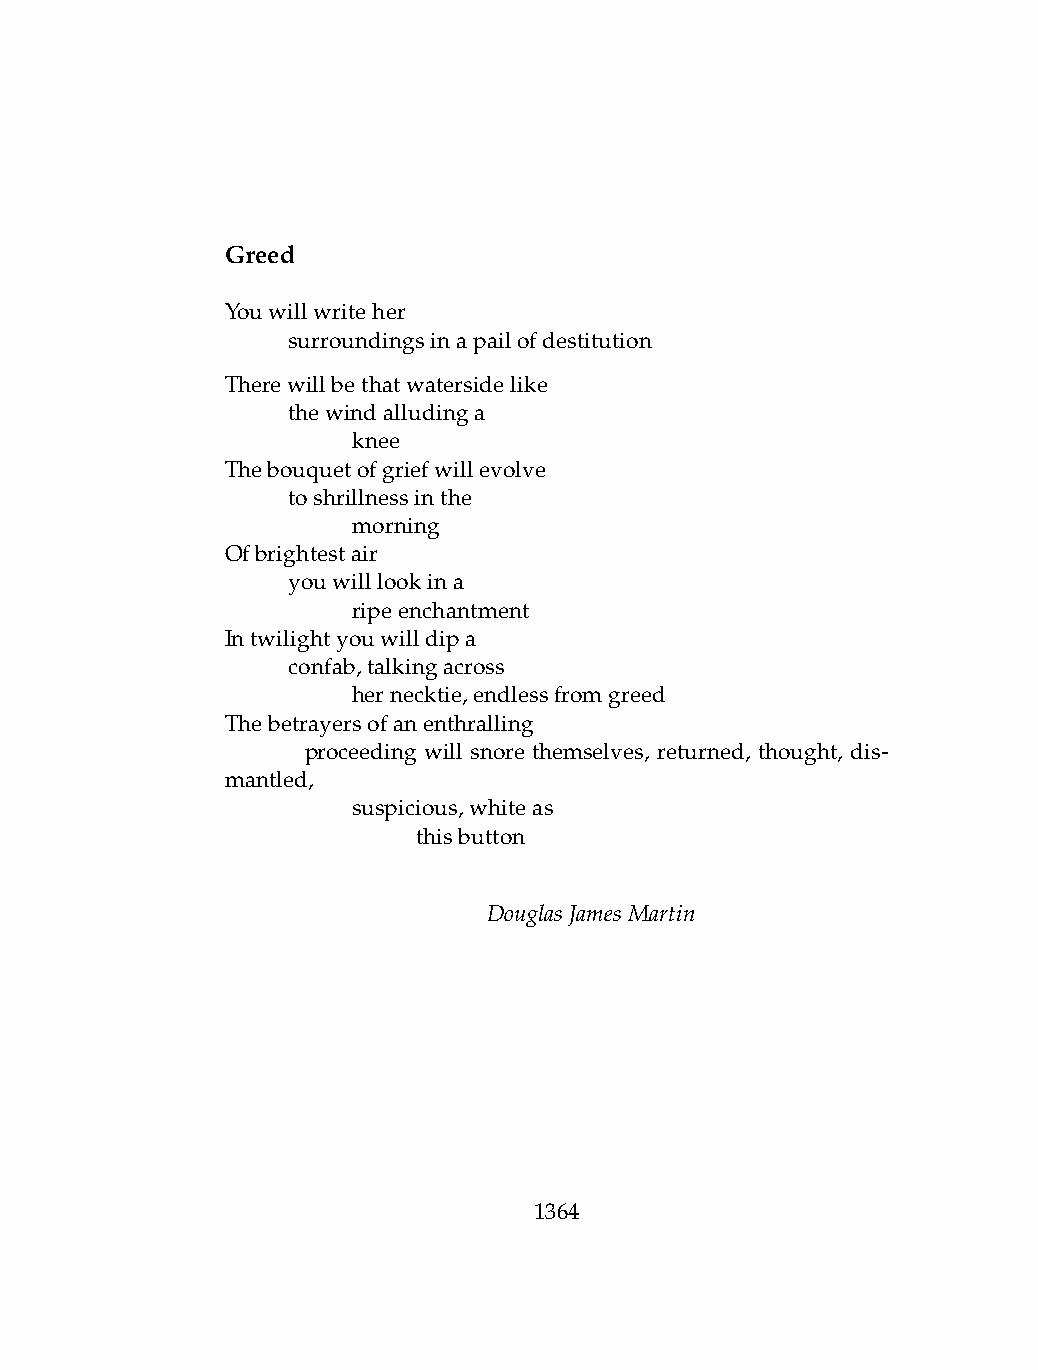
Greed
 Youwillwriteher
 .   surroundingsinapailofdestitution
 Therewillbethatwatersidelike
 .   thewindalludinga
 .   .   knee
 Thebouquetofgriefwillevolve
 .   toshrillnessinthe
 .   .   morning
 Ofbrightestair
 .   youwilllookina
 .   .   ripeenchantment
 Intwilightyouwilldipa
 .   confab,talkingacross
 .   .   hernecktie,endlessfromgreed
 Thebetrayersofanenthralling
 .    proceeding will snore themselves, returned, thought, dis-
 mantled,
 .   .   suspicious,whiteas
 .   .   .    thisbutton
 DouglasJamesMartin
 1364